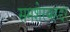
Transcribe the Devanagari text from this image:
समशेरबहद्दर